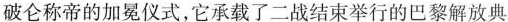
破仑称帝的加冕仪式，它承载了二战结束举行的巴黎解放典